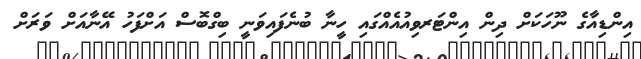
އިންޑިއާގެ ނޫހަކަށް ދިން އިންޓަރވިއުއެއްގައި ހީނާ ބުނެފައިވަނީ ބިގްބޮސް އަށްފަހު އޭނާއަށް ވަރަށް